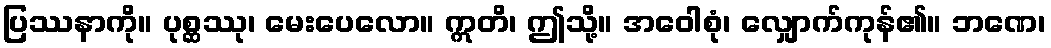
ပြဿနာကို။ ပုစ္ဆဿု၊ မေးပေလော။ ဣတိ၊ ဤသို့။ အဝေါစုံ၊ လျှောက်ကုန်၏။ ဘဏေ၊